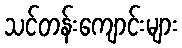
သင်တန်းကျောင်းများ